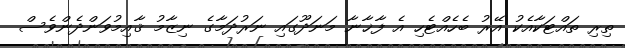
ތިރި ތައްޓަކާއެކު އޭރު ބެހެއްޓެހި އެ ފާޚާނާ މަނަދޫގައި ނަރުދަމާގެ ނިޒާމު ޤާއިމުވަންދެންވެސް